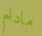
مادام